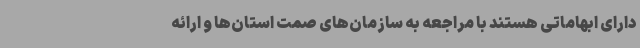
دارای ابهاماتی هستند با مراجعه به سازمان‌های صمت استان‌ها و ارائه